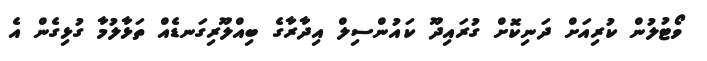
ވޯޓުލުން ކުރިއަށް ދަނިކޮށް ގުރައިދޫ ކައުންސިލް އިދާރާގެ ބިއްލޫރިގަނޑެއް ތަޅާލުމާ ގުޅިގެން އެ